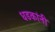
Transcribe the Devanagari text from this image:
धडकांनी